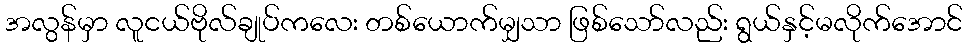
အလွန်မှာ လူငယ်ဗိုလ်ချုပ်ကလေး တစ်ယောက်မျှသာ ဖြစ်သော်လည်း ရွယ်နှင့်မလိုက်အောင်